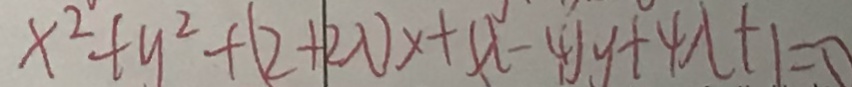
x ^ { 2 } + y ^ { 2 } + ( 2 + 2 \lambda ) x + ( \lambda - 4 ) y + 4 \lambda + 1 = 0